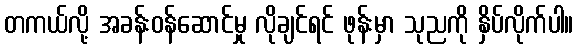
တကယ်လို့ အခန်းဝန်ဆောင်မှု လိုချင်ရင် ဖုန်းမှာ သုညကို နှိပ်လိုက်ပါ။